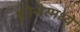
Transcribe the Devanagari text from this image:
फ्रीजेरमध्ये